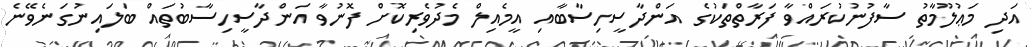
އަދި މަޢުލޫމާތު ސާފުނުކުރައްވާ ފަރާތްތަކުގެ އަންދާސީހިސާބާއި އީމެއިލް މެދުވެރިކޮށް ފޮނުވާ އަންދާސީހިސާބުތައް ބަލައިނުގަނެވޭނެ